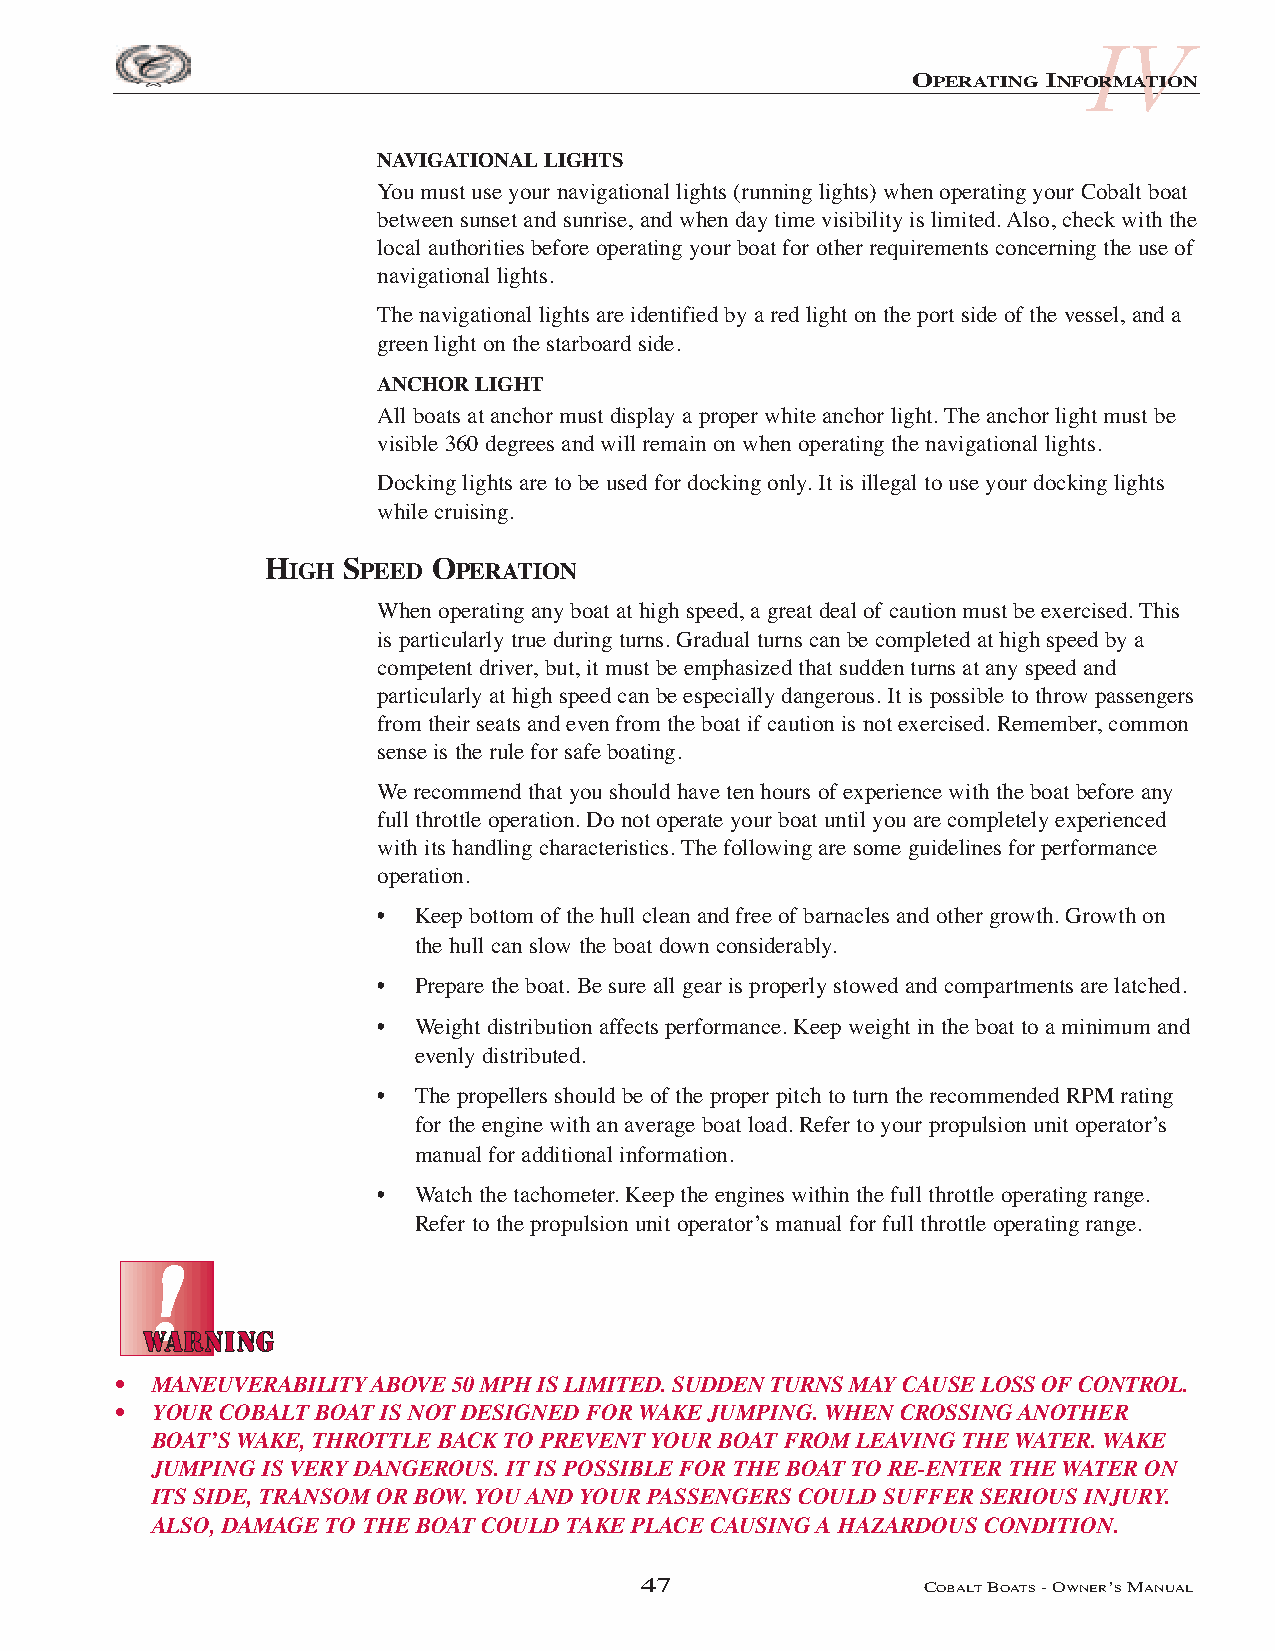
IV
 OPERATING INFORMATION
 NAVIGATIONAL LIGHTS
 You must use your navigational lights (running lights) when operating your Cobalt boat
 between sunset and sunrise, and when day time visibility is limited. Also, check with the
 local authorities before operating your boat for other requirements concerning the use of
 navigational lights.
 The navigational lights are identified by a red light on the port side of the vessel, and a
 green light on the starboard side.
 ANCHOR LIGHT
 All boats at anchor must display a proper white anchor light. The anchor light must be
 visible 360 degrees and will remain on when operating the navigational lights.
 Docking lights are to be used for docking only. It is illegal to use your docking lights
 while cruising.
 HIGH SPEED OPERATION
 When operating any boat at high speed, a great deal of caution must be exercised. This
 is particularly true during turns. Gradual turns can be completed at high speed by a
 competent driver, but, it must be emphasized that sudden turns at any speed and
 particularly at high speed can be especially dangerous. It is possible to throw passengers
 from their seats and even from the boat if caution is not exercised. Remember, common
 sense is the rule for safe boating.
 We recommend that you should have ten hours of experience with the boat before any
 full throttle operation. Do not operate your boat until you are completely experienced
 with its handling characteristics. The following are some guidelines for performance
 operation.
 • Keep bottom of the hull clean and free of barnacles and other growth. Growth on
 the hull can slow the boat down considerably.
 • Prepare the boat. Be sure all gear is properly stowed and compartments are latched.
 • Weight distribution affects performance. Keep weight in the boat to a minimum and
 evenly distributed.
 • The propellers should be of the proper pitch to turn the recommended RPM rating
 for the engine with an average boat load. Refer to your propulsion unit operator’s
 manual for additional information.
 • Watch the tachometer. Keep the engines within the full throttle operating range.
 Refer to the propulsion unit operator’s manual for full throttle operating range.
 • MANEUVERABILITY ABOVE 50 MPH IS LIMITED. SUDDEN TURNS MAY CAUSE LOSS OF CONTROL.
 • YOUR COBALT BOAT IS NOT DESIGNED FOR WAKE JUMPING. WHEN CROSSING ANOTHER
 BOAT’S WAKE, THROTTLE BACK TO PREVENT YOUR BOAT FROM LEAVING THE WATER. WAKE
 JUMPING IS VERY DANGEROUS. IT IS POSSIBLE FOR THE BOAT TO RE-ENTER THE WATER ON
 ITS SIDE, TRANSOM OR BOW. YOU AND YOUR PASSENGERS COULD SUFFER SERIOUS INJURY.
 ALSO, DAMAGE TO THE BOAT COULD TAKE PLACE CAUSING A HAZARDOUS CONDITION.
 47                 COBALTBOATS- OWNER’SMANUAL